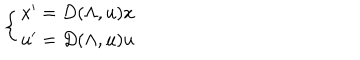
LaTeX: \left\{ \begin{array} { l } { { x ^ { \prime } = D ( \Lambda , u ) x } } \\ { { u ^ { \prime } = D ( \Lambda , u ) u } } \\ \end{array} \right.